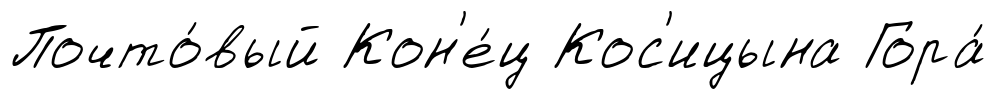
Почто́вый Кон'е́ц Кос'ицына Гора́